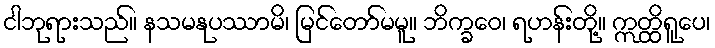
ငါဘုရားသည်။ နသမနုပဿာမိ၊ မြင်တော်မမူ။ ဘိက္ခဝေ၊ ရဟန်းတို့။ ဣတ္ထိရူပေ၊